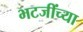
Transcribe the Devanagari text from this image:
भटजींच्या